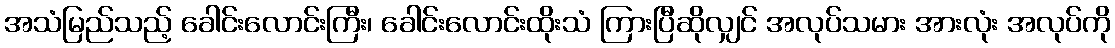
အသံမြည်သည့် ခေါင်းလောင်းကြီး၊ ခေါင်းလောင်းထိုးသံ ကြားပြီဆိုလျှင် အလုပ်သမား အားလုံး အလုပ်ကို